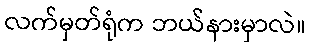
လက်မှတ်ရုံက ဘယ်နားမှာလဲ။